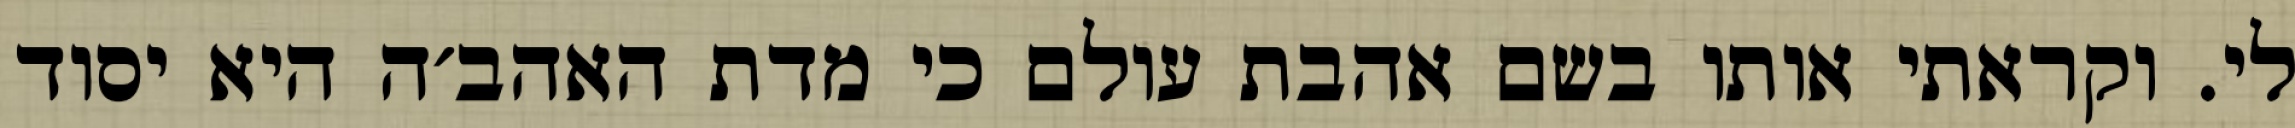
לי. וקראתי אותו בשם אהבת עולם כי מדת האהב׳ה היא יסוד